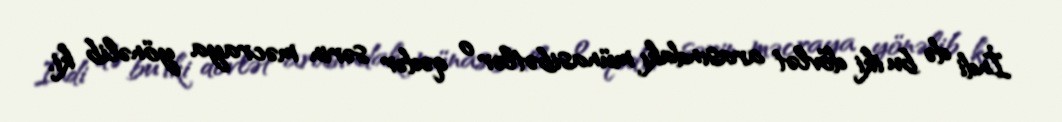
İndi də bu iki dövlət arasındakı münasibətlər o qədər sərin məcraya yönəlib ki,